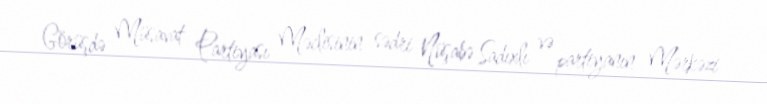
Görüşdə Müsavat Partiyası Məclisinin sədri Nüşabə Sadıxlı və partiyanın Mərkəzi